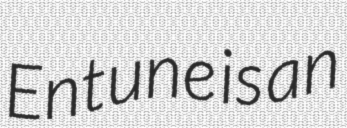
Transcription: Entune is an